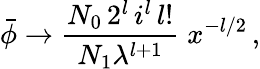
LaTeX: \bar{\phi}\rightarrow\frac{N_{0}\, 2^{l}\, i^{l}\, l!}{N_{1}\lambda^{l+1}}\; x^{-l/2}\, ,